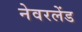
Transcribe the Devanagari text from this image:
नेवरलेंड